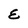
Character: E